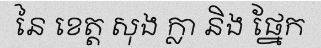
នៃ ខេត្ត សុង ក្លា និង ផ្នែក